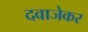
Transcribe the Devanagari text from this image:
दवाजेकर